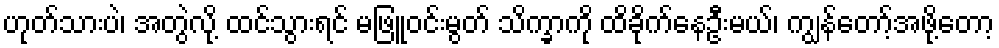
ဟုတ်သားပဲ၊ အတွဲလို့ ထင်သွားရင် မဖြူဝင်းမွတ် သိက္ခာကို ထိခိုက်နေဦးမယ်၊ ကျွန်တော့်အဖို့တော့